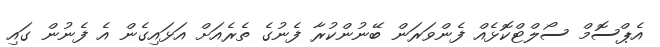
އެޕްސޮމް ސޯލްޓްކޮޅެއް ފެންވަރަން ބޭނުންކުރާ ފެނުގެ ތެރެއަށް އަޅައިގެން އެ ފެނުން ގައި